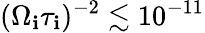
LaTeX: (\Omega_{\mathbf{i}}\tau_{\mathbf{i}})^{-2}\lesssim10^{-11}